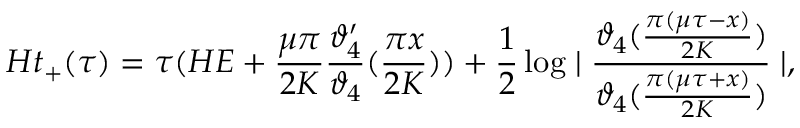
H t _ { + } ( \tau ) = \tau ( H E + \frac { \mu \pi } { 2 K } \frac { \vartheta _ { 4 } ^ { \prime } } { \vartheta _ { 4 } } ( \frac { \pi x } { 2 K } ) ) + \frac { 1 } { 2 } \log \mid \frac { \vartheta _ { 4 } ( \frac { \pi ( \mu \tau - x ) } { 2 K } ) } { \vartheta _ { 4 } ( \frac { \pi ( \mu \tau + x ) } { 2 K } ) } \mid ,